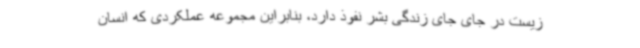
زیست در جای جای زندگی بشر نفوذ دارد، بنابراین مجموعه عملکردی که انسان